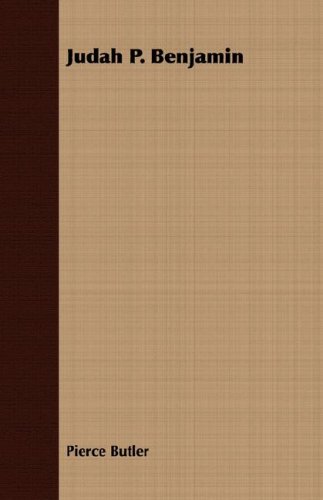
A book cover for Judah P. Benjamin; Pierce Butler; Law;